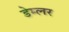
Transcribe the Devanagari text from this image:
डेम्लर